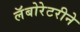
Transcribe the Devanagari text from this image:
लॅबोरेटरीने